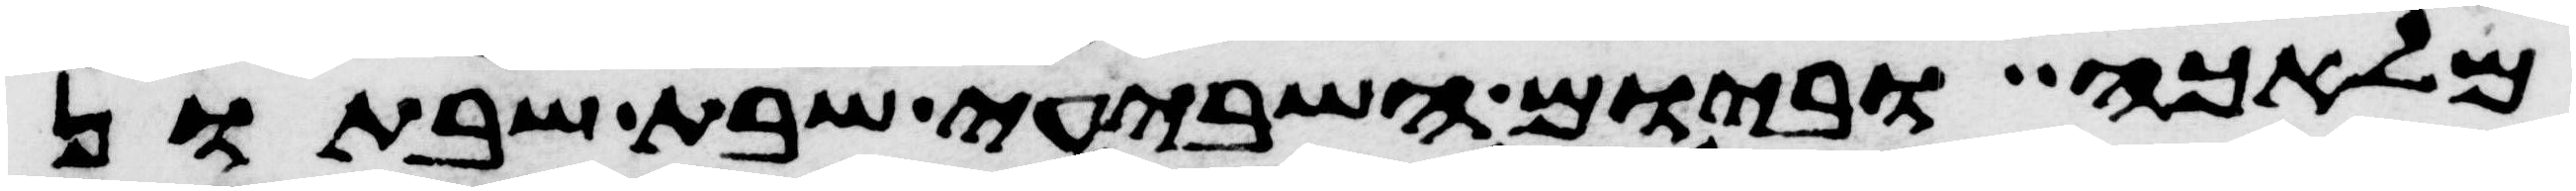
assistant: מלאכה וביום השביעי שבת שבתון